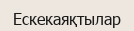
Ескекаяқтылар